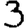
Digit: 3